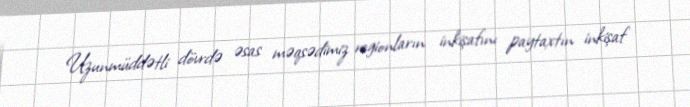
Uzunmüddətli dövrdə əsas məqsədimiz regionların inkişafını paytaxtın inkişaf